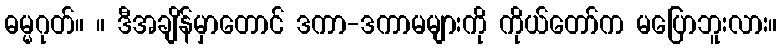
ဓမ္မဂုတ်။ ။ ဒီအချိန်မှာတောင် ဒကာ-ဒကာမများကို ကိုယ်တော်က မပြောဘူးလား။